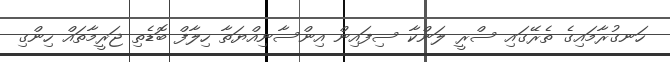
ހަނގުރާމައިގެ ތެރޭގައި ސްރީ ލަންކާ ސިފައިން އިންސާނިއްޔަތާ ހިލާފް ބޮޑެތި ޖަރީމާތައް ހިންގި